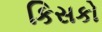
કિસકો